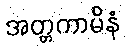
အတ္တကာမိနံ